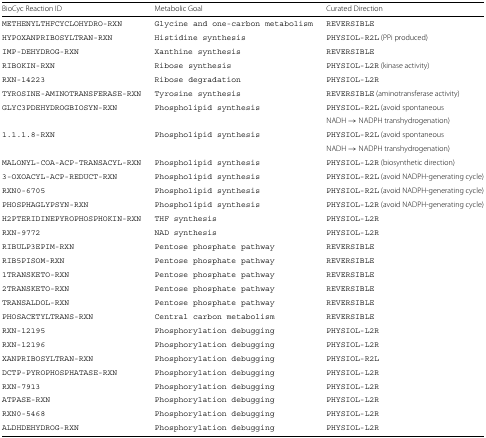
<table><thead><tr><td><b>BioCyc Reaction ID</b></td><td><b>Metabolic Goal</b></td><td><b>Curated Direction</b></td></tr></thead><tbody><tr><td>METHENYLTHFCYCLOHYDRO-RXN</td><td>Glycine and one-carbon metabolism</td><td>REVERSIBLE</td></tr><tr><td>HYPOXANPRIBOSYLTRAN-RXN</td><td>Histidine synthesis</td><td>PHYSIOL-R2L (PPi produced)</td></tr><tr><td>IMP-DEHYDROG-RXN</td><td>Xanthine synthesis</td><td>REVERSIBLE</td></tr><tr><td>RIBOKIN-RXN</td><td>Ribose synthesis</td><td>PHYSIOL-L2R (kinase activity)</td></tr><tr><td>RXN-14223</td><td>Ribose degradation</td><td>PHYSIOL-L2R</td></tr><tr><td>TYROSINE-AMINOTRANSFERASE-RXN</td><td>Tyrosine synthesis</td><td>REVERSIBLE (aminotransferase activity)</td></tr><tr><td>GLYC3PDEHYDROGBIOSYN-RXN</td><td>Phospholipid synthesis</td><td>PHYSIOL-R2L (avoid spontaneous</td></tr><tr><td></td><td></td><td>NADH → NADPH transhydrogenation)</td></tr><tr><td>1.1.1.8-RXN</td><td>Phospholipid synthesis</td><td>PHYSIOL-R2L (avoid spontaneous</td></tr><tr><td></td><td></td><td>NADH → NADPH transhydrogenation)</td></tr><tr><td>MALONYL-COA-ACP-TRANSACYL-RXN</td><td>Phospholipid synthesis</td><td>PHYSIOL-L2R (biosynthetic direction)</td></tr><tr><td>3-OXOACYL-ACP-REDUCT-RXN</td><td>Phospholipid synthesis</td><td>PHYSIOL-R2L (avoid NADPH-generating cycle)</td></tr><tr><td>RXN0-6705</td><td>Phospholipid synthesis</td><td>PHYSIOL-R2L (avoid NADPH-generating cycle)</td></tr><tr><td>PHOSPHAGLYPSYN-RXN</td><td>Phospholipid synthesis</td><td>PHYSIOL-L2R (avoid NADPH-generating cycle)</td></tr><tr><td>H2PTERIDINEPYROPHOSPHOKIN-RXN</td><td>THF synthesis</td><td>PHYSIOL-L2R</td></tr><tr><td>RXN-9772</td><td>NAD synthesis</td><td>PHYSIOL-L2R</td></tr><tr><td>RIBULP3EPIM-RXN</td><td>Pentose phosphate pathway</td><td>REVERSIBLE</td></tr><tr><td>RIB5PISOM-RXN</td><td>Pentose phosphate pathway</td><td>REVERSIBLE</td></tr><tr><td>1TRANSKETO-RXN</td><td>Pentose phosphate pathway</td><td>REVERSIBLE</td></tr><tr><td>2TRANSKETO-RXN</td><td>Pentose phosphate pathway</td><td>REVERSIBLE</td></tr><tr><td>TRANSALDOL-RXN</td><td>Pentose phosphate pathway</td><td>REVERSIBLE</td></tr><tr><td>PHOSACETYLTRANS-RXN</td><td>Central carbon metabolism</td><td>REVERSIBLE</td></tr><tr><td>RXN-12195</td><td>Phosphorylation debugging</td><td>PHYSIOL-L2R</td></tr><tr><td>RXN-12196</td><td>Phosphorylation debugging</td><td>PHYSIOL-L2R</td></tr><tr><td>XANPRIBOSYLTRAN-RXN</td><td>Phosphorylation debugging</td><td>PHYSIOL-R2L</td></tr><tr><td>DCTP-PYROPHOSPHATASE-RXN</td><td>Phosphorylation debugging</td><td>PHYSIOL-L2R</td></tr><tr><td>RXN-7913</td><td>Phosphorylation debugging</td><td>PHYSIOL-L2R</td></tr><tr><td>ATPASE-RXN</td><td>Phosphorylation debugging</td><td>PHYSIOL-L2R</td></tr><tr><td>RXN0-5468</td><td>Phosphorylation debugging</td><td>PHYSIOL-L2R</td></tr><tr><td>ALDHDEHYDROG-RXN</td><td>Phosphorylation debugging</td><td>PHYSIOL-L2R</td></tr></tbody></table>